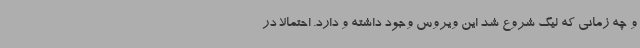
و چه زمانی که لیگ شروع شد این ویروس وجود داشته و دارد. احتمالا در